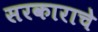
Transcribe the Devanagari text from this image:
सरकाराचे